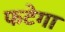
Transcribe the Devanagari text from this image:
फटेगा